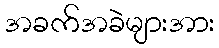
အခက်အခဲများအား